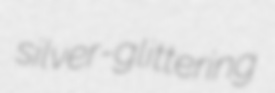
silver-glittering